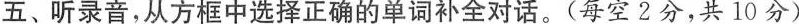
五、听录音,从方框中选择正确的单词补全对话。(每空2分,共 10 分)